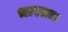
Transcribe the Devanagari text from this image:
भारतः।